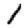
Digit: 1